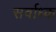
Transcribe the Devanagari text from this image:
सर्वाध्क